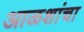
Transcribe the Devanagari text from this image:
आळशांचा